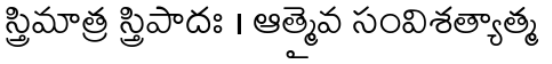
స్త్రిమాత్ర స్త్రిపాదః । ఆత్మైవ సంవిశత్యాత్మ